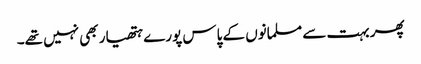
پھر بہت سے مسلمانوں کے پاس پورے ہتھیار بھی نہیں تھے۔